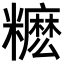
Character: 𥽓